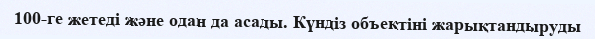
100-ге жетеді және одан да асады. Күндіз объектіні жарықтандыруды